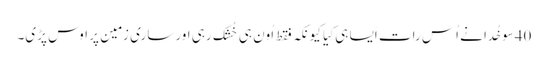
40سو خُدا نے اُس رات اَیسا ہی کِیا کیونکہ فقط اُون ہی خُشک رہی اور ساری زمِین پر اوس پڑی۔